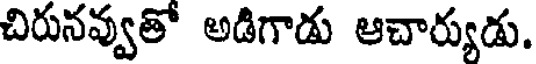
చిరునవ్వుతో అడిగాడు ఆచార్యుడు.